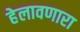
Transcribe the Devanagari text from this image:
हेलावणारा